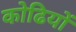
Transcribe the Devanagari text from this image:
कोढियों